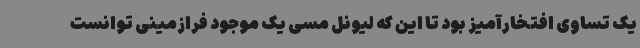
یک تساوی افتخارآمیز بود تا این که لیونل مسی یک موجود فرازمینی توانست